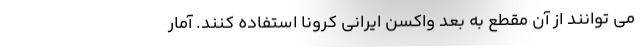
می توانند از آن مقطع به بعد واکسن ایرانی کرونا استفاده کنند. آمار